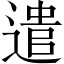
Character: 遣